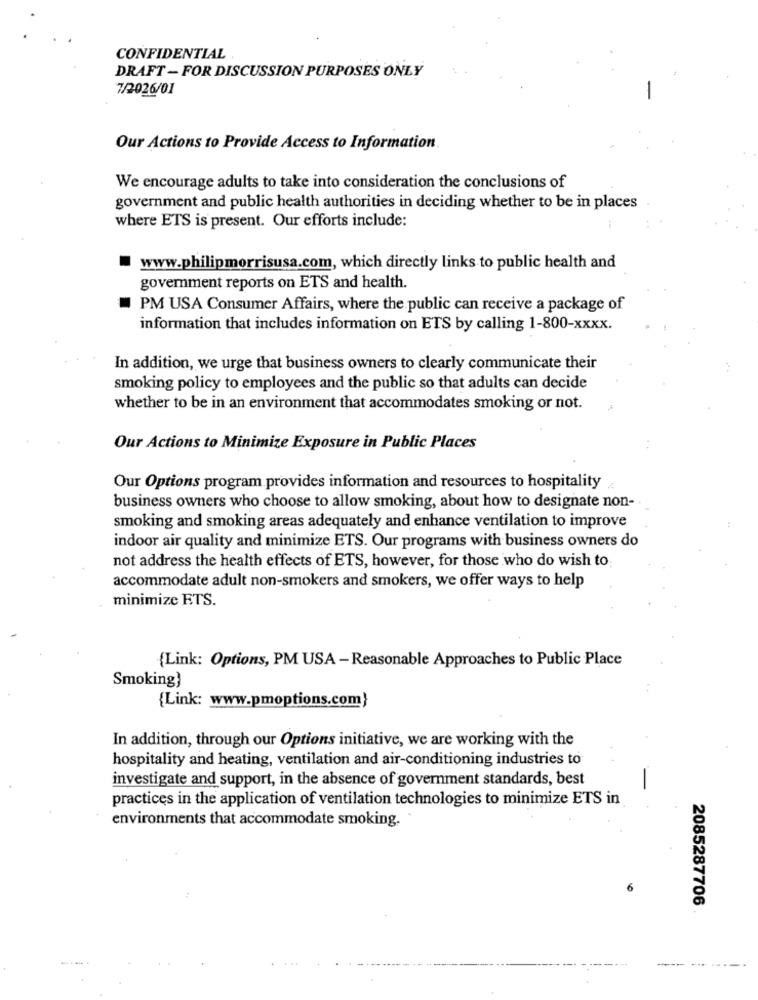
CONFIDENTIAL
DRAFT - FOR DISCUSSION PURPOSES ONLY
7/2026/01
Our Actions to Provide Access to Information.
We encourage adults to take into consideration the conclusions of
government and public health authorities in deciding whether to be in places
where ETS is present. Our efforts include:
www.philipmorrisusa.com, which directly links to public health and
goverment reports on ETS and health.
PM USA Consumer Affairs, where the public can receive a package of
information that includes information on ETS by calling 1-800-xxxx.
In addition, we urge that business owners to clearly communicate their
smoking policy to employees and the public so that adults can decide
whether to be in an environment that accommodates smoking or not.
Our Actions to Minimize Exposure in Public Places
Our Options program provides information and resources to hospitality
business owners who choose to allow smoking, about how to designate non-
44
smoking and smoking areas adequately and enhance ventilation to improve
indoor air quality and minimize ETS. Our programs with business owners do
not address the health effects of ETS, however, for those who do wish to
accommodate adult non-smokers and smokers, we offer ways to help
minimize ETS.
(Link: Options, PM USA -Reasonable Approaches to Public Place
Smoking)
{Link: www.pmoptions.com}
In addition, through our Options initiative, we are working with the
hospitality and heating, ventilation and air-conditioning industries to
investigate and support, in the absence of government standards, best
-
practices in the application of ventilation technologies to minimize ETS in
environments that accommodate smoking.
2085287706
-.